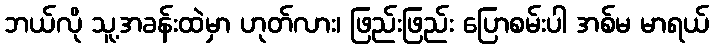
ဘယ်လို သူ့အခန်းထဲမှာ ဟုတ်လား၊ ဖြည်းဖြည်း ပြောစမ်းပါ အစ်မ မာရယ်